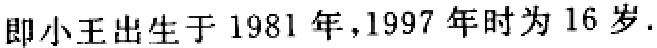
即小王出生于 1981 年，1997 年时为 16 岁.